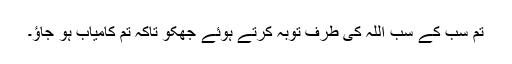
تم سب کے سب اللہ کی طرف توبہ کرتے ہوئے جھکو تاکہ تم کامیاب ہو جاؤ۔